Vital statistics of India. Vol. V, Reports of 1876 on armies & jails and on epidemic cholera
Year: 1876
Disease focus: Cholera
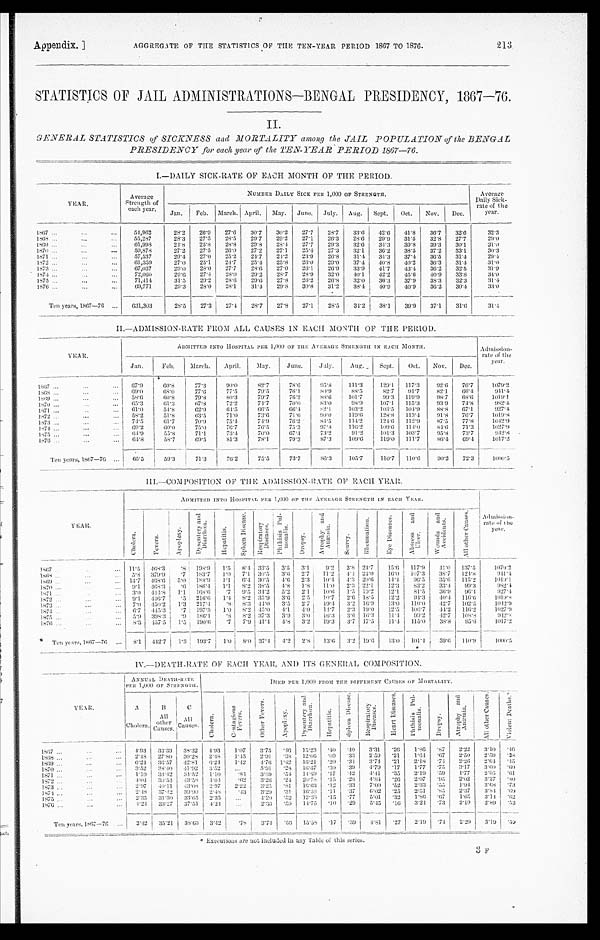
Appendix. ]
AGGREGATE OF THE STATISTICS OF THE TEN-YEAR PERIOD 1867 TO 1876.
213
STATISTICS OF JAIL ADMINISTRATIONS—BENGAL PRESIDENCY, 1867 —76.
II.
GENERAL STATISTICS of SICKNESS and MORTALITY among the JAIL POPULATION of the BENGAL
PRESIDENCY for each year of the TEN-YEAR PERIOD 1867-76.
I.—DAILY SICK-RATE OF EACH MONTH OF THE PERIOD.
YEAR.
Average
Strength of
each year.
NUMBER DAILY SICK PER 1,000 OF STRENGTH.
Average
Daily Sick-
rate of the
year.
Jan. Feb. March. April. May. June. July. Aug.
S e p t . Oct. Nov. Dec.
1867 . . .
...
...
54, 962
28.2 26.9 27.6 30.7 30.2 27.7 28.7 33.6 42.6 41.8 36.7 32.6
32.3
1868 . . .
. . .
. . . 55, 287
28.3 27.5 28.5 29.7 29.2 27.1 26.3 28.6 29.9 31.5 32.8 27.7
2 9 . 0
1869 ...
. . .
. . . 61,998
24.8 25.8 28.8 29.8 28.4 27.7 29.3 32.6 34.3 39.8 39.3 30.1
31.0
1870 . . .
. . . ...
59, 878
27.2 27.5 26.0 27.2 27.1 25.4 27.3 32.1 36.2 38.5 37.2 33.1
3 0 . 3
1871 ...
. . .
. . . 57,537
29.4 27.0 25.2 24.7 24.2 23.9 26.8 31.4 34.3 37.4 36.5 31.4
29.4
1872 ..
...
...
61, 359
27.0 25.1 24.7 25.4 25.8 26.0 29.0 37.4 40.8 40.2 36.3 31.4
31.0
1873 . . .
. . .
. . . 67,037
29.0 28.0 27.7 28.6 27.0 26.1 26.9 33.9 41.7 43.4 36.2 32.5
31.9
1874 . . .
. . .
...
72, 060
29.6 27.4 28.0 29.2 28.7 28.9 32.0 40.1 42.2 45.6 40.9 33.8
3 4 . 0
1875 ...
...
. . . 71, 414
31.5 29.2 28.6 29.6 27.8 26.2 26.8 32.0 36.3 37.9 38.3 32.3
3 1 . 4
1876 ...
...
...
69,771
29.3 28.0 28.1 31.4 29.8 30.8 31.2 38.4 40.9 40.9
3 6 . 2 30.4
3 3 . 0
Ten years, 1867-76 ... 631,303
28.5 27.3 27. 4 28.7 27.8 27.1 28.5 34.2 38.1 39.9
3 7 . 1
3 1 . 6
3 1 . 4
II—ADMISSION-RATE FROM ALL CAUSES IN EACH MONTHOF THE PERIOD.
YEAR.
ADMITTED INTO HOSPITAL PER 1,000 OF THE .AVERAGE STRENGTH IN EACH MONTH.
Admission rate of the
yea
r.
Jan.
Feb. March. April. May. June.
July
Aug. Sept. Oct. Nov. Dec.
1 8 6 7 . . .
...
... 67.9
6 0 . 8
77.3
90. 0
82.7
78.6
95.8 111.3
129.1 117.3 92.6 76.7
1079.2
1 8 6 8 . . .
...
... 69. 0
6 8 . 0
7 7 . 6
77.5
79.5
76. 1
8 0 . 9
8 8 . 5
82.7 91.7 82.1
6 6 . 4 941.4
1 8 6 9 . . .
...
. . . 58. 6
6 0 . 8
79.8
8 0 . 3
79.7
76. 2
8 8 . 6
101.7
99.3 119. 9
98.7
6 8 . 6 1 0 1 9 . 1
1870 . . .
. . .
... 65.3
61.3
67.8
72.2
74.7
70. 0
83. 0
9 8 . 9
107.1 115.3 93.9 74.8
9 8 2 . 4
1871 . . .
. . . . . . 61. 0
5 4 . 8
62. 9
6 4 . 5
66.5
6 6 . 4
82.1
103.2
103.5 104. 9
88.8
6 7 . 1
9 2 7 . 4
1872 ...
. . .
. . .
58.2
51.8
63. 5
71.0
73. 6
71. 6
90. 0
119. 6
128.8 113. 4
91.8 76.7
1019.8
1873 ...
. . .
. . . 74. 5
61.7
7 0 . 9
75. 4
74. 9
76.2
84.5 114.2
124.6 112.9 87.5 77.8
1042.9
1874 . . .
. . . ... 69. 2
60.0
75.0
76.7
76. 5
75.3
97.8 116.2
109.6 114.0 84.6 71.3
1027.9
1 8 7 5 . . .
. . .
. . . 6 4 . 9
5 5 . 8
71.1
73. 4
70. 0
67. 4
7 3 . 2
91.2 101.3 103.7 95.8 73.7
942.8
1876 . . .
. . . ... 64. 8
58.7
6 9 . 5
81.3
78.1
79.3
87.3 109.6 119.0 111.7
86.4 69.4 1017.2
Ten years, 1867-76 ... 6 5 . 5
59.3
71.3
76.2
75.5
73.7
86.3 105.7
110.7 110. 6
90.2
s
7 2 . 3 1000. 5
III.—COMPOSITION OF THE ADMISSION-RATE OF EACH YEAR.
Y E A R .
ADMITTED INTO HOSPITAL PER 1, 000 OF THE AVERAGE STRENGTH IN EACH YEAR.
A d m i s s i o n r a t e o f t h e y e a r .
C h o l e r a .
F e v e r s .
A p o p l e x y .
D y s e n t r y a n d D i a r r h œ a .
H e p a t i t i s .
S p l e e n D i s e a s e .
.
R e s p i r a t o r y D i s e a e s .
P h t h i s i s p u l m o n a l i s .
D r o p s y .
A t r o p h y a n d A n æ m i a .
S c u r v y .
R h e u m a t i s m .
E y e D i s e a s e s .
A b s e s s a n d U l c e r .
W o u n d s a n d A c c i d e n t s .
A l l o t h e r C a u s e s .
1867 ... ...
... 11.5 468.3 .8 198.9 1.5 8.4 33.5 3.5 3 . 1 9.2 3.8 24.7 15.6 117.9
4 1 . 0 137.5 1079.2
1868 . . .
...
. .
. . 5.8 379.9 .7 183.7 1.0 7.1 30.5 3.6 2.7 11.2 4.4 24.0 16.0 107. 3
3 8 . 7 124.8
944. 4
1869
. .
.
. .
.
... 14.7 468.6 5.0 188.9
1 . 1
6 . 4 30.5 4.6 2.3
1 0 . 4 4.3 20.6 14.4 96.5 35.6 115.2
1019. 1
1870 ...
. .
.
... 9.1
4 6 8 . 3
. 6 186.4 1.1 8.2 38.5 4.8 1.8 11.0 2.3 22.1 12.3 83.2 33.4 99.3
982.4
1871
. .
.
. .
.
... 3. 0 444.8 1.1 168.6 .7
9 . 5 34.2 5.2 2.1
1 0 . 6 1.5 19.2 12.1 81.5
36.9
9 6 . 4
927.4
1872
. .
.
. .
.
...
9.1 446.7 .5 216.6 1.4 8.2 35.9 3.6 2.5 10.7 2.6 18.5 12.2
9 4 . 3 40.4 116.6 1019. 8
1873
. .
.
. .
.
...
7.0 450.2 1.3 217.4 .8 8.3 44.0 3.5 2.7
1 9 . 4 3.2 16.9 13.0 110.0 42.7 102.5 1042.9
1874
. .
.
. .
.
... 6. 7 445.3 .7 197.3 1.0 8.2 45.0
4 . 1 4.0 14.7 2.3 19.0 12.5 106.7
4 4 . 2 116.2
1027.9
1875 ...
. .
.
... 5.9 398.3
. 9 186.1 .8 8.2 37.3 3.9 3.0 16.3 3. 6 16.3 11.4 99.2 42.7 108.8
942. 8
1876 ..
.
. .
.
...
8.3 457.5 1.5 190.6 .7 7.9 41.4 4.8 3.2 19.3 3.7 17.5 11.4 115.0 33.8 95.6 1017.2
Ten years, 1867—76 ... 8.1 442.7 1.3 193.7 1.0 8.0 37.4 4.2 2.8 13.6 3.2 19.6 13.0 101.4 39.6 110.9 1000. 5
IV.—DEATH-RATE OF EACH YEAR, AND ITS GENERAL COMPOSITION.
YEAR.
ANNUAL DEATH-RATE
P E R 1 , 0 0 0 O F S T R E N G T H .
DIED PER 1, 000 FROM THE DIFFERENT CAUSES OF MORTALITY.
A
Cholera.
B
A l l o t h e r
Causes.
C
A l l C a u s e s .
C h o l e r a .
C o n t a g i o u s F e v e r s .
O t h e r F e v e r s .
A p o p l e x y .
D y s e n t e r y a n d D i a r r h œ a .
H e p a t i t i s .
S p l e e n D i s e a s e .
R e s p i r a t o r y D i s e a s e s .
H e a r t D i s e a s e s . p h t h i s i s p u l m o n a l i s .
D r o p s y .
A t r o p h y a n d A n æ m i a .
A l l o t h e r c a u s e s .
V i o l e n t D e a t h s .
1 8 6 7 ...
... ... 4.93 33.39 38.32 4.93 1.07
_
3.75 .46 15.23 . 40 . 40 3.31
. 2 6 1.86
. 8 7 2.22
3 . 1 0 .46
1868
..
.
... ... 2.48 27.80 30.28 2.48 1.45 2.91 .38 12.06 .09 .33 2.59 . 2 1 1.64
. 6 7 2.50
2 . 5 9 . 3 8
1869 ..
.
...
•
...
6.24 36.57 42.81
6. 24 1.42 4.76 1.42 16.21 . 20 . 34 3.74 . 2 1 2.18
. 7 4 2.26 2.64 . 4 5
1870 ...
... ...
3.52 38.40 41.92 3.52
...
5.91 .28 16.67 . 30 . 39 4.79 . 1 7 1.77
. 7 5 3.17 3.60 . 6 0
1871 ...
...
... 1.10 33.42 34.52 1.10
. 8 4 3.89 .54 14.69 . 17 . 42 4.41 . 3 5 2.19
. 5 9 1.77 2.95 .61
1872
... ...
4.04 39.54 43.58
4. 04
.62 3.26 .24 20.78 . 15 . 28 4.84 . 2 6 2.07
. 9 5 2.02 3.27 .80
...
1873
...
...
2.97 40.11 43.08 2.97 2.22
3 . 2 5 .81 16.63 . 12 . 33 7.00 . 5 2 2.33
. 5 5
1 . 9 4 3.68 .73
...
1874
... ...
2.48 37.42 39.90 2.48
. 4 3 3.29 .31 16.38 . 11 . 37 6.02 . 2 5 2.51
. 8 5 2.37 3.84 .69
1875 ... ... ...
2.35 31.30 33.65 2.35 ...
4.20
. 5 2 12.38 . 15 . 77 5.01
. 3 2 1.86
. 6 7 1.65 3.14 .62
1876 ...
... ...
4.24 33.27 37.51 4.24
...
2.36 .59 14.75 . 10 . 29 5.45 . 1 6 3.24
. 7 3 2.19 2.89 . 5 2
Ten years, 1867-76 ... 3.42 35.21 38.63 3.42
. 7 8 3.74 . 5 6 15.58
. 1 7
.39 4.81
. 2 7 2.19
. 7 4 2.20 3.19 .59
Executions are not included in any Table of this series.
3 1?